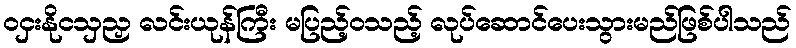
ဝငှးနိုငသှညှ လင်းယုန်ကြီး မပြည့်ဝသည့် လုပ်ဆောင်ပေးသွားမည်ဖြစ်ပါသည်